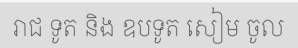
រាជ ទូត និង ឧបទូត សៀម ចូល